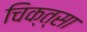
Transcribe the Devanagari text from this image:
चिक्त्सा